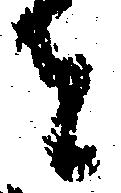
者